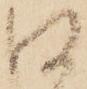
口